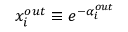
x _ { i } ^ { o u t } \equiv e ^ { - \alpha _ { i } ^ { o u t } }